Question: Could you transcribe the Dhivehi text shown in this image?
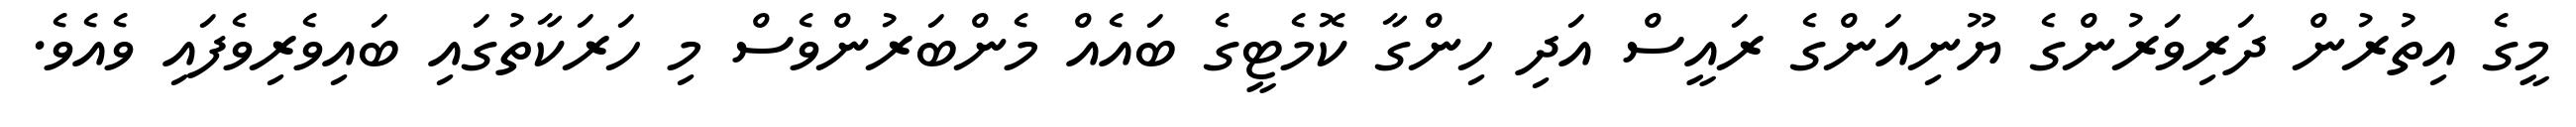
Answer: މީގެ އިތުރުން ދަރިވަރުންގެ ޔޫނިއަންގެ ރައީސް އަދި ހިންގާ ކޮމެޓީގެ ބައެއް މެންބަރުންވެސް މި ހަރަކާތުގައި ބައިވެރިވެފައި ވެއެވެ.